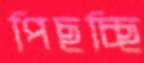
পিছচ্ছি